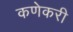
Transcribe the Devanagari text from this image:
कणेकरी